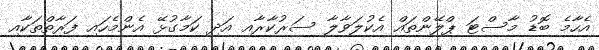
އެހާމެ ބޮޑު މާސްޓަ ޕްލޭންތައް އެކުލަވާލާ ސަރުކާރާއި އަދި ކަމާގުޅޭ އެންމެހައި ފަރާތްތަކާއި